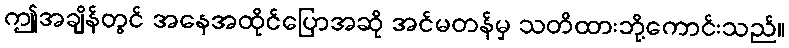
ဤအချိန်တွင် အနေအထိုင်ပြောအဆို အင်မတန်မှ သတိထားဘို့ကောင်းသည်။